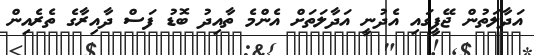
އަދާލަތުން ޖޭޕީގައި އެދުނީ އަދާލަތަށް އެންމެ ތާއިދު ބޮޑު ފަސް ދާއިރާގެ ތެރެއިން